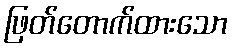
ဖြတ်တောက်ထားသော